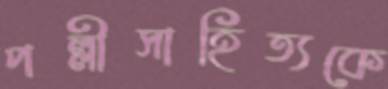
পল্লীসাহিত্যকে